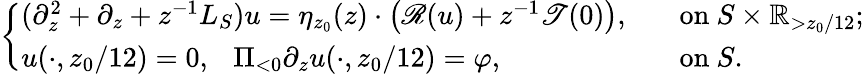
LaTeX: \begin{array}{r}{\left\{ \begin{array}{ll}{(\partial_{z}^{2}+\partial_{z}+z^{-1}L_{S})u=\eta_{z_{0}}(z)\cdot\left(\mathscr{R}(u)+z^{-1}\mathscr{T}(0)\right),\ }&{\ \mathrm{~on~}S\times\mathbb{R}_{>z_{0}/12};}\\ {u(\cdot,z_{0}/12)=0,\ \ \ \Pi_{<0}\partial_{z}u(\cdot,z_{0}/12)=\varphi,\ }&{\ \mathrm{~on~}S.}\end{array}\right.}\end{array}